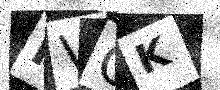
Text: RVGK